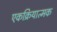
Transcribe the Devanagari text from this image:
एकक्रियात्मक